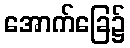
အောက်ခြေ၌